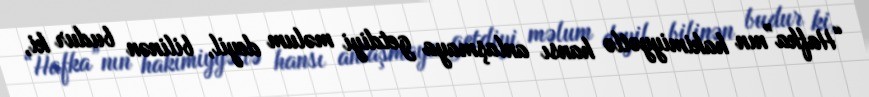
“Hafka”nın hakimiyyətlə hansı anlaşmaya getdiyi məlum deyil, bilinən budur ki,